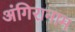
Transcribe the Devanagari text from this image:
अंगिरानाम